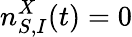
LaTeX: n_{S,I}^{X}(t)=0